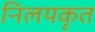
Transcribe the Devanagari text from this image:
निलयकृत